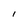
Character: l